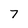
Character: 7